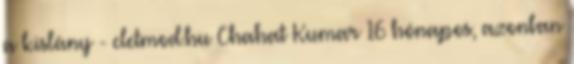
a kislány - eletmod.hu Chahat Kumar 16 hónapos, azonban